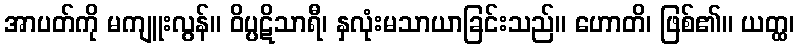
အာပတ်ကို မကျူးလွန်။ ဝိပ္ပဋိသာရီ၊ နှလုံးမသာယာခြင်းသည်။ ဟောတိ၊ ဖြစ်၏။ ယတ္ထ၊